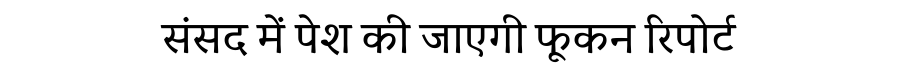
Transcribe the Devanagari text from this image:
संसद में पेश की जाएगी फूकन रिपोर्ट